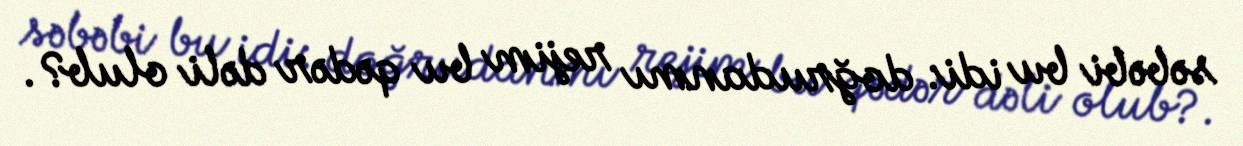
səbəbi bu idi: doğrudanmı rejim bu qədər dəli olub?.